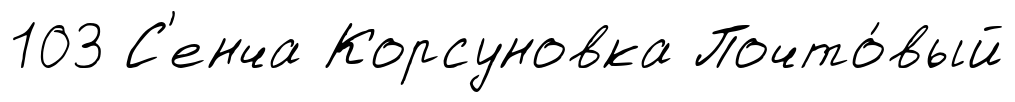
103 С'енча Корсуновка Почто́вый